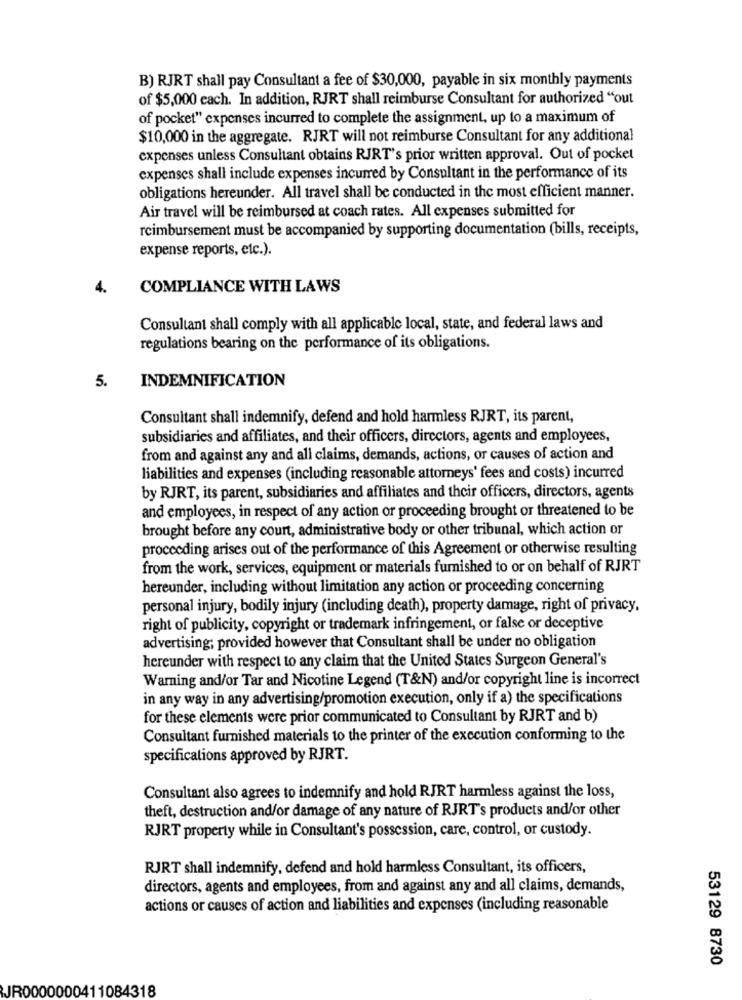
B) RJRT shall pay Consultant a fee of $30,000, payable in six monthly payments
of $5,000 each. In addition, RJRT shall reimburse Consultant for authorized "out
of pocket" expenses incurred to complete the assignment, up to a maximum of
$10,000 in the aggregate. RJRT will not reimburse Consultant for any additional
expenses unless Consultant obtains RJRT's prior written approval. Out of pocket
expenses shall include expenses incurred by Consultant in the performance of its
obligations hereunder. All travel shall be conducted in the most efficient manner.
Air travel will be reimbursed at coach rates. All expenses submitted for
reimbursement must be accompanied by supporting documentation (bills, receipts,
expense reports, etc.).
4.
COMPLIANCE WITH LAWS
Consultant shall comply with all applicable local, state, and federal laws and
regulations bearing on the performance of its obligations.
INDEMNIFICATION
5.
Consultant shall indemnify, defend and hold harmless RJRT, its parent,
subsidiaries and affiliates, and their officers, directors, agents and employees,
from and against any and all claims, demands, actions, or causes of action and
liabilities and expenses (including reasonable attorneys' fees and costs) incurred
by RJRT, its parent, subsidiaries and affiliates and their officers, directors, agents
and employees, in respect of any action or proceeding brought or threatened to be
brought before any court, administrative body or other tribunal, which action or
proceeding arises out of the performance of this Agreement or otherwise resulting
from the work, services, equipment or materials furnished to or on behalf of RJRT
hereunder, including without limitation any action or proceeding concerning
personal injury, bodily injury (including death), property damage, right of privacy,
right of publicity, copyright or trademark infringement, or false or deceptive
advertising; provided however that Consultant shall be under no obligation
hereunder with respect to any claim that the United States Surgeon General's
Warning and/or Tar and Nicotine Legend (T&N) and/or copyright line is incorrect
in any way in any advertising/promotion execution, only if a) the specifications
for these elements were prior communicated to Consultant by RJRT and b)
Consultant furnished materials to the printer of the execution conforming to the
specifications approved by RJRT.
Consultant also agrees to indemnify and hold RJRT harmless against the loss,
theft, destruction and/or damage of any nature of RJRT's products and/or other
RJRT property while in Consultant's possession, care, control, or custody.
RJRT shall indemnify, defend and hold harmless Consultant, its officers,
directors, agents and employees, from and against any and all claims, demands,
actions or causes of action and liabilities and expenses (including reasonable
53129 8730
JR0000000411084318